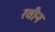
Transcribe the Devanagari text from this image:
रवीन